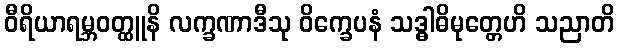
ဝီရိယာရမ္ဘဝတ္ထူနိ လက္ခဏာဒီသု ဝိက္ခေပနံ သဒ္ဓါဓိမုတ္တေဟိ သညာတိ